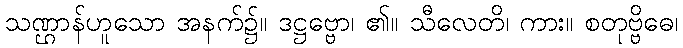
သဏ္ဌာန်ဟူသော အနက်၌။ ဒဋ္ဌဗ္ဗော၊ ၏။ သီလေတိ၊ ကား။ စတုဗ္ဗိဓေ၊